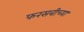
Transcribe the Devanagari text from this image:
फरसबीच्या